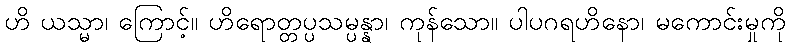
ဟိ ယသ္မာ၊ ကြောင့်။ ဟိရောတ္တပ္ပသမ္ပန္နာ၊ ကုန်သော။ ပါပဂရဟိနော၊ မကောင်းမှုကို